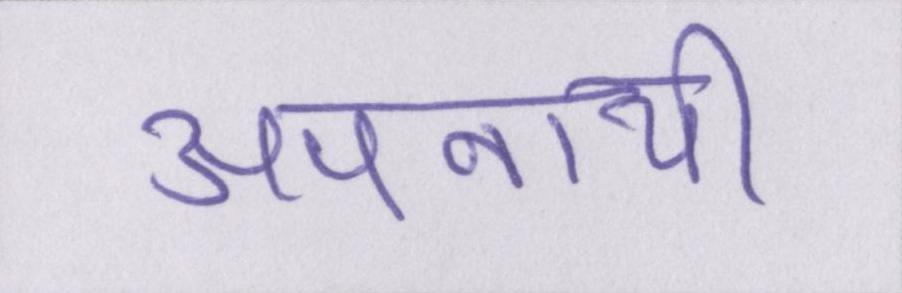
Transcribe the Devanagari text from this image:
अपनायी